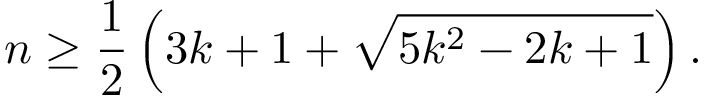
n \geq { \frac { 1 } { 2 } } \left( 3 k + 1 + { \sqrt { 5 k ^ { 2 } - 2 k + 1 } } \right) .